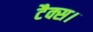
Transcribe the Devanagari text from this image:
टैक्स।